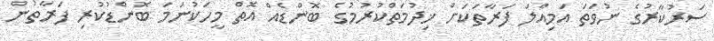
ސަރުކާރުގެ ނުވަތަ އަމިއްލަ ފަރާތަކަށް ޚިދުމަތްކުރުމުގެ ބޮންޑެއް އޮތް މީހަކުނަމަ ބޮންޑުކުރި ފަރާތުން